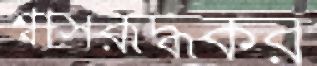
শ্বাসরূদ্ধকর